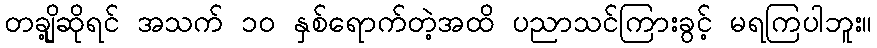
တချို့ဆိုရင် အသက် ၁၀ နှစ်ရောက်တဲ့အထိ ပညာသင်ကြားခွင့် မရကြပါဘူး။